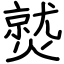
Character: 𤎼